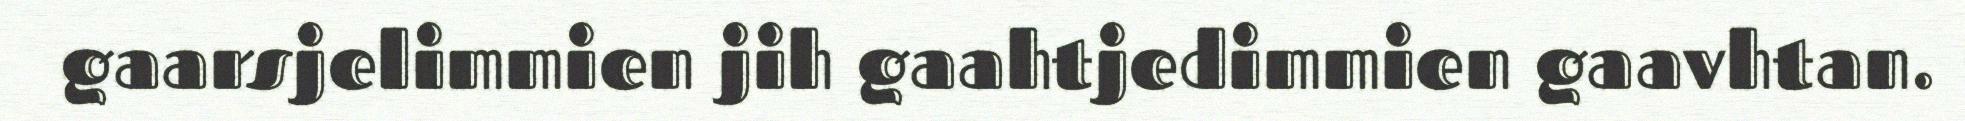
gaarsjelimmien jih gaahtjedimmien gaavhtan.